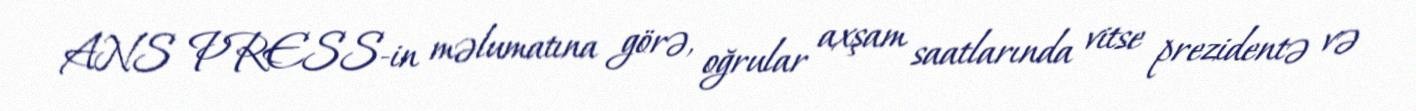
ANS PRESS-in məlumatına görə, oğrular axşam saatlarında vitse prezidentə və